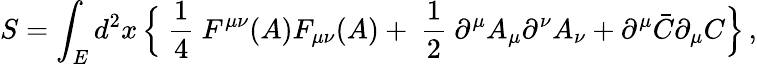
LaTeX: S=\int_{E}d^{2}x\, \Bigr\{ \mathrm{~\frac{1}{4}~}F^{\mu\nu}(A)F_{\mu\nu}(A)+\mathrm{~\frac{1}{2}~}\partial^{\mu}A_{\mu}\partial^{\nu}A_{\nu}+\partial^{\mu}\bar{C}\partial_{\mu}C\Bigr\} \, ,